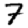
Digit: 7